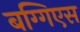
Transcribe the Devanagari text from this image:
बग्गिएस